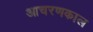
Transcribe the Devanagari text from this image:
आचरणकाल